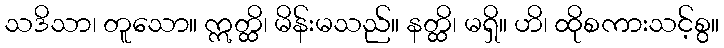
သဒိသာ၊ တူသော။ ဣတ္ထိ၊ မိန်းမသည်။ နတ္ထိ၊ မရှိ။ ဟိ၊ ထိုစကားသင့်စွ။